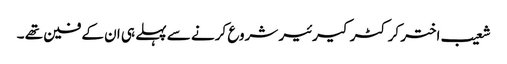
شعیب اختر کرکٹر کیرئیر شروع کرنے سے پہلے ہی ان کے فین تھے ۔